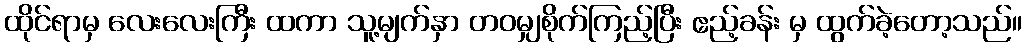
ထိုင်ရာမှ လေးလေးကြီး ထကာ သူ့မျက်နှာ တဝမျှစိုက်ကြည့်ပြီး ဧည့်ခန်း မှ ထွက်ခဲ့တော့သည်။